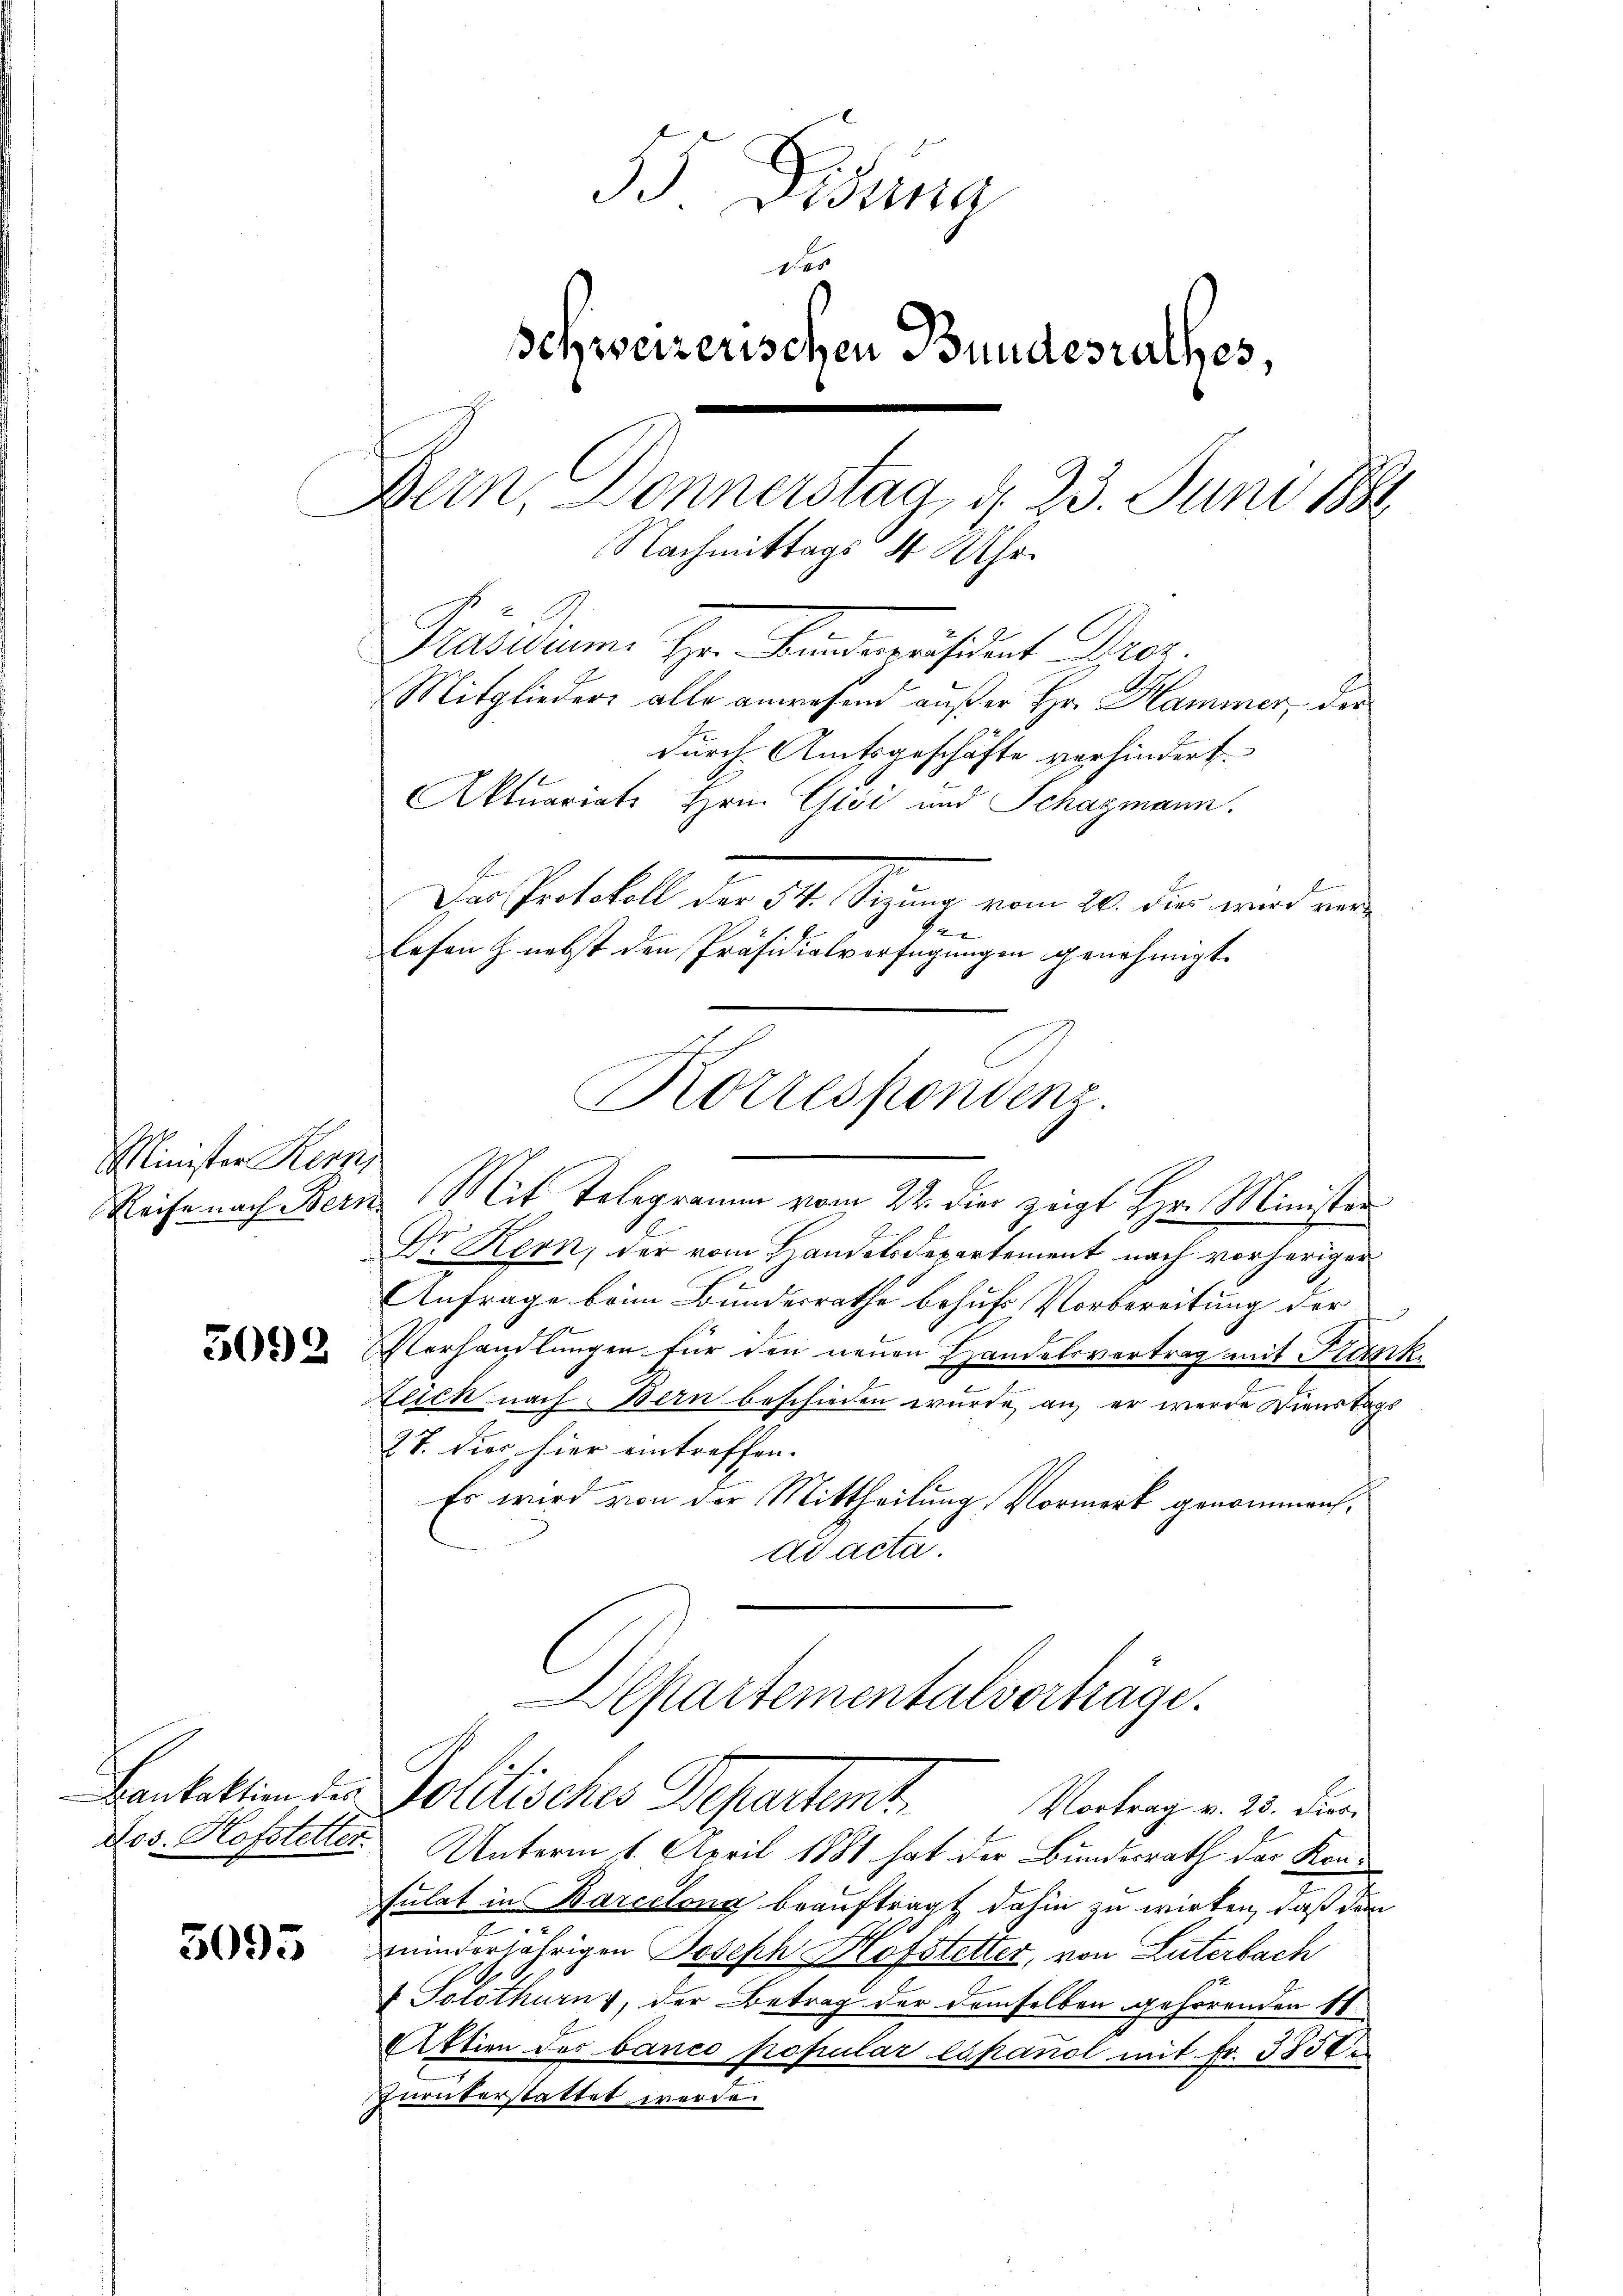
Minister Kern
Reise nach Beri

3092

Bankaktion des
dos. Hofstetter.

5095

55 Fidung
des
schweizerischen Bundesrathes,
Bern, Donnerstag, d. 23. Juni 1882
Nachmittags 4 Uhr.
Präsidium Hrn. Bindustrat Dr.
Mitgliedere alle anwesend außer Hr. Hammer, der
durch Amtsgeschäfte verhindert.
Aktuariats Hrn. Gisi und Schazmann.

Dr Kern, der vom Handelsdepartement nach vorheriger
AAnfrage beim Bundesrathe behufs Vorbereitung der
Verhandlungen für den neuen Handelsvertrag mit Kleink
Zeich nach Bern beschieden wurde, an er werde Dienstags
27. Dies hier eintreffen.
Es wird von der Mittheilung Vormerk genommensad acta.
Departementalvertrage.
Politische Departent
Vortrag v. 23. Dies
Unterm 1. April 1881 hat der Bundesrath das Konsulat in Barcelona beauftragt dahin zu wirken, daß den
minderjährigen Joseph Hofstetter, von Luterbach
 Solothurn, der Betrag der demselben gehörenden 11
Aktion des banco popular espanol mit Fr. 3300.
Zurükerstattet werde.

Der Protokoll der 34. Sepung vom 20. der wird ein
e
lesen h. nebst den Präsidialverfügungen genehmigt.

Korrespondenz.
Mit Telegramm vom 22. die zeigt Hr. Minister